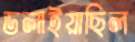
ডলাইয়াছিল